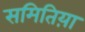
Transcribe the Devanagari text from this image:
समितिय़ा